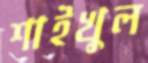
শাইখুল